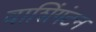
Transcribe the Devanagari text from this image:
वाशिंगंटन